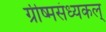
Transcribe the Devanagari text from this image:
ग्रीष्मसंध्यकल्